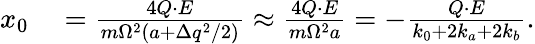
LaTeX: \begin{array}{rl}{x_{0}}&{{}=\frac{4Q\cdot E}{m\Omega^{2}\left(a+\Delta q^{2}/2\right)}\approx\frac{4Q\cdot E}{m\Omega^{2}a}=-\frac{Q\cdot E}{k_{0}+2k_{a}+2k_{b}}.}\end{array}